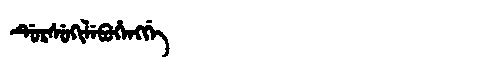
Manchu: ᡩᡠᡵᠰᡠᡴᡳᠯᡝᠪᡠᡥᡝᠩᡤᡝ
Romanization: DURSUKILEBUHENGGE